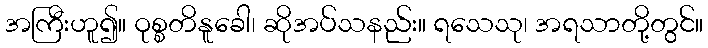
အကြီးဟူ၍။ ဝုစ္စတိနူခေါ၊ ဆိုအပ်သနည်း။ ရသေသု၊ အရသာတို့တွင်။